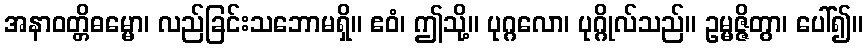
အနာဝတ္တိဓမ္မော၊ လည်ခြင်းသဘောမရှိ။ ဧဝံ၊ ဤသို့။ ပုဂ္ဂလော၊ ပုဂ္ဂိုလ်သည်။ ဥမ္မဇ္ဇိတွာ၊ ပေါ်၍။